Investigations on Bengal jail dietaries - Number 37
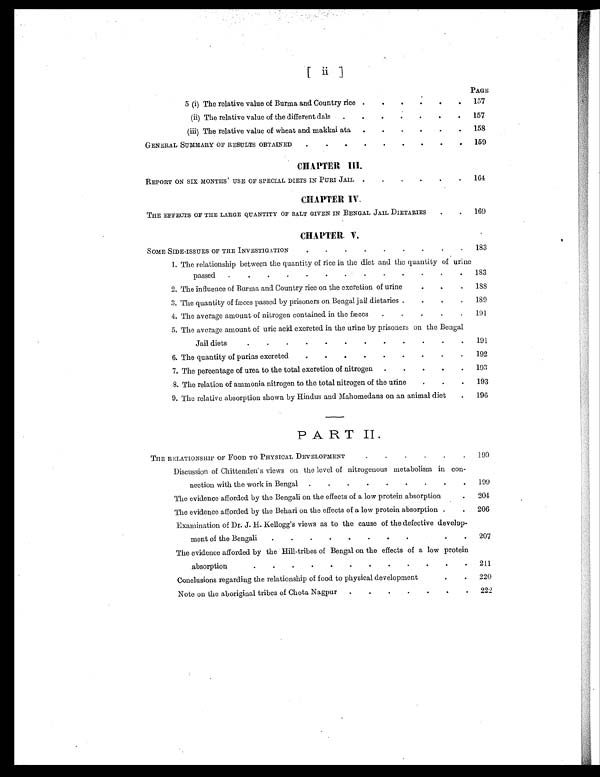
PAGE
5 (i) The relative value of Burma and Country rice .
.
.
.
157
(ii) The relative value of the different dals
.
.
.
.
.
.
.
157
(iii) The relative value of wheat and makkai ata
.
.
.
.
158
GENERAL SUMMARY OF RESULTS OBTAINED
.
.
.
. . . . .
159
CHAPTER III.
REPORT ON SIX MONTHS' USE OF SPECIAL DIETS IN PURI JAIL
.
.
.
.
.
.
164
CHAPTER IV.
THE EFFECTS OF THE LARGE QUANTITY OF SALT GIVEN IN BENGAL JAIL DIETARIES
.
.
169
CHAPTER. V.
SOME SIDE-ISSUES OF THE INVESTIGATION
.
.
.
.
.
.
.
.
.
183
1. The relationship between the quantity of rice in the diet and the quantity of urine
passed
.
.
183
2. The influence of Burma and Country rice on the excretion of urine
.
.
.
188
3. The quantity of fæces passed by prisoners on Bengal jail dietaries.
.
.
.
189
4. The average amount of nitrogen contained in the fæces
.
.
.
.
.
191
5. The average amount of uric acid excreted in the urine by prisoners on the Bengal
Jail diets.
.
.
.
.
.
.
.
.
191
6. The quantity of purins excreted
.
.
.
.
.
.
.
.
.
192
7. The percentage of urea to the total excretion of nitrogen
.
.
.
.
.
193
8. The relation of ammonia nitrogen to the total nitrogen of the urine
.
.
.
193
9. The relative absorption shown by Hindus and Mahomedans on an animal diet .
196
PART II.
THE RELATIONSHIP OF FOOD TO PHYSICAL DEVELOPMENT.
.
.
199
Discussion of Chittenden's views on the level of nitrogenous metabolism in con-
nection with the work in Bengal.
199
The evidence afforded by the Bengali on the effects of a low protein absorption
.
204
The evidence afforded by the Behari on the effects of a low protein absorption .
.
206
Examination of Dr. J. H. Kellogg's views as to the cause of the defective develop-
ment of the Bengali.
.
.
.
207
The evidence afforded by the Hill-tribes of Bengal on the effects of a low protein
absorption.
211
Conclusions regarding the relationship of food to physical development. .
220
Note on the aboriginal tribes of Chota Nagpur
..
2 2 2